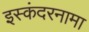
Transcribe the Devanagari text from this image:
इस्कंदरनामा